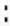
: